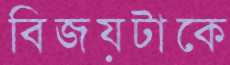
বিজয়টাকে